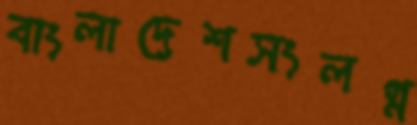
বাংলাদেশসংলগ্ন